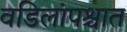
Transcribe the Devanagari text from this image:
वडिलांपश्चात